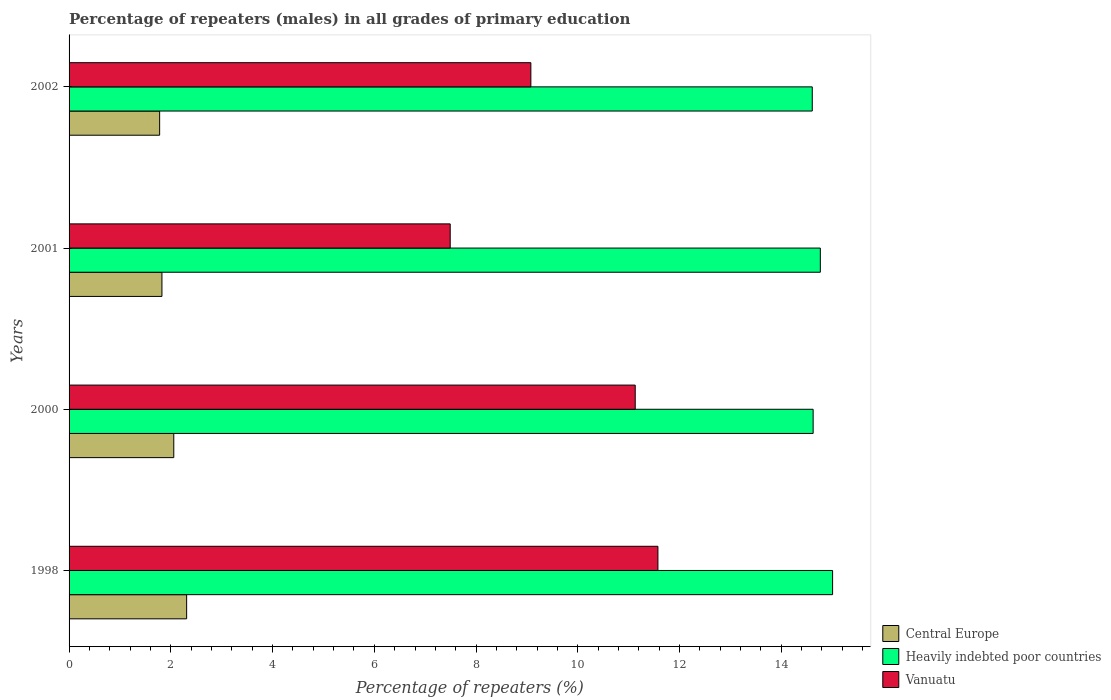
| Years | Central Europe | Heavily indebted poor countries | Vanuatu |
 | --- | --- | --- | --- |
 | 1998 | 2.31 | 15 | 11.6 |
 | 2000 | 2.06 | 14.6 | 11.1 |
 | 2001 | 1.83 | 14.8 | 7.49 |
 | 2002 | 1.78 | 14.6 | 9.08 |